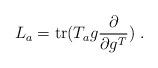
LaTeX: \begin{align*}L_a= {\rm tr}(T_a g \frac{\partial}{\partial g^T})~.\end{align*}